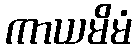
ကာယမိမံ